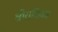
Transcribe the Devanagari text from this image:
श्रीराधिका